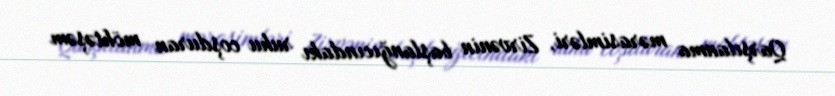
Qarşılanma mərasimləri, Zirvənin başlanğıcındakı ruhu coşduran möhtəşəm